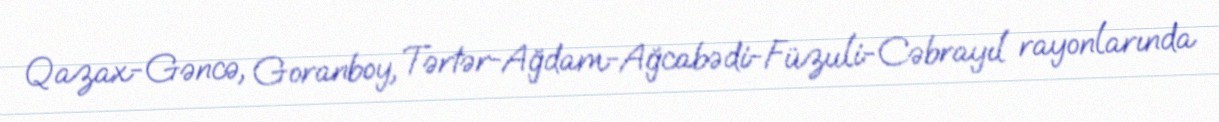
Qazax-Gəncə, Goranboy, Tərtər-Ağdam-Ağcabədi-Füzuli-Cəbrayıl rayonlarında